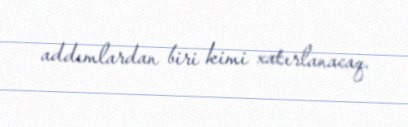
addımlardan biri kimi xatırlanacaq.